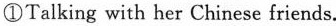
①Talking with her Chinese friends.